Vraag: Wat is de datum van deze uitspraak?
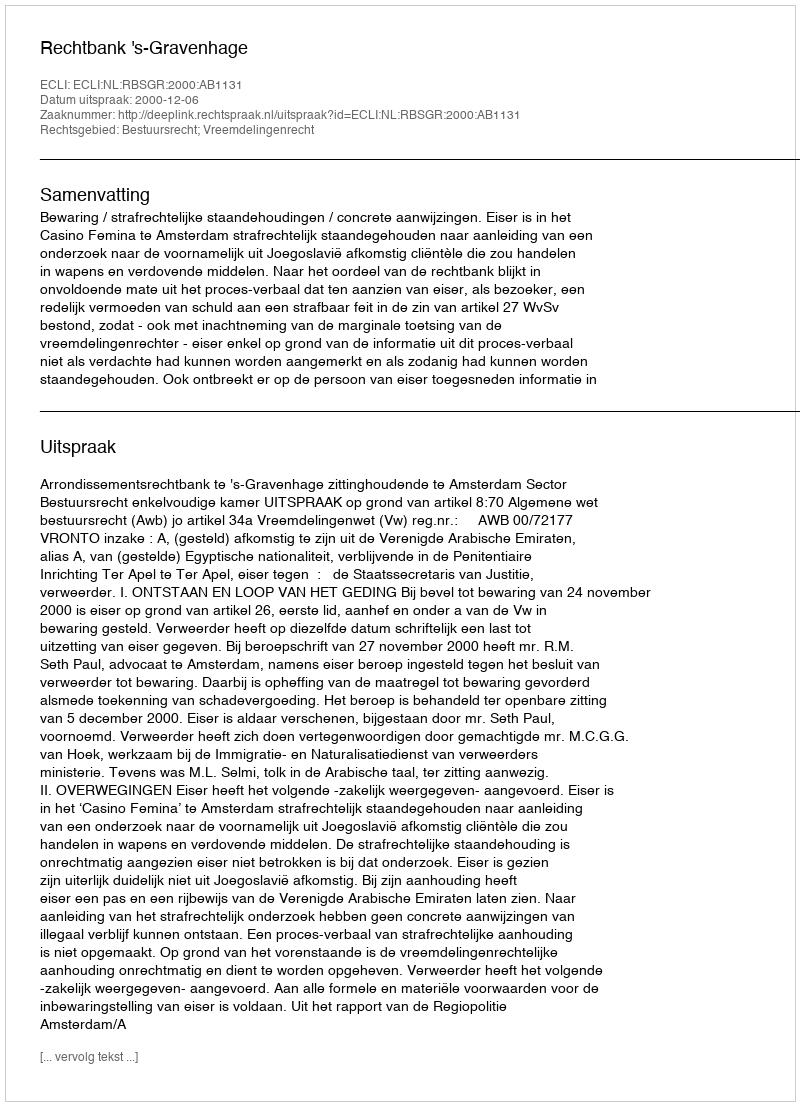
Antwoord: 2000-12-06